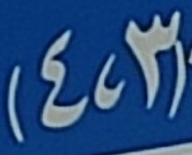
(3،4)